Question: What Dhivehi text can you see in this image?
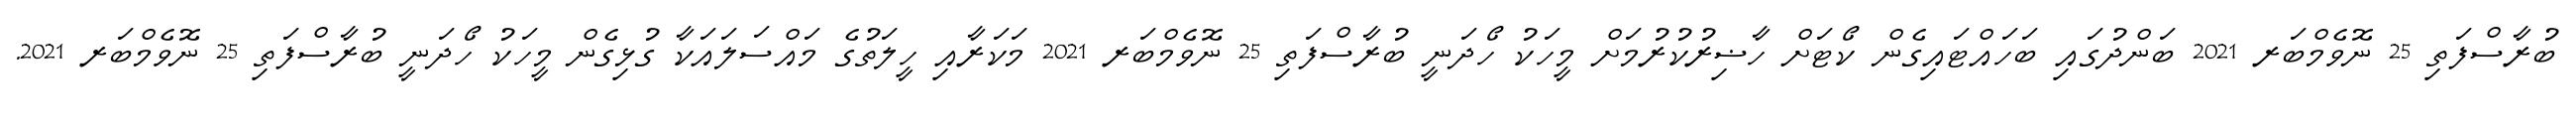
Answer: ބުރާސްފަތި 25 ނޮވެމްބަރ 2021 ބަންދުގައި ބަހައްޓައިގެން ކޯޓަށް ހާޟިރުކުރުމަށް މީހަކު ހޯދަނީ ބުރާސްފަތި 25 ނޮވެމްބަރ 2021 މަކަރާއި ހީލަތުގެ މައްސަލައަކާ ގުޅިގެން މީހަކު ހޯދަނީ ބުރާސްފަތި 25 ނޮވެމްބަރ 2021.